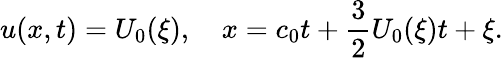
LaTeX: u(x,t)=U_{0}(\xi),~~~~x=c_{0}t+\frac{3}{2}U_{0}(\xi)t+\xi.